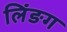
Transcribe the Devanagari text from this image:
लिंङग